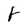
Character: F